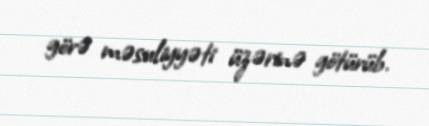
görə məsuliyyəti üzərinə götürüb.